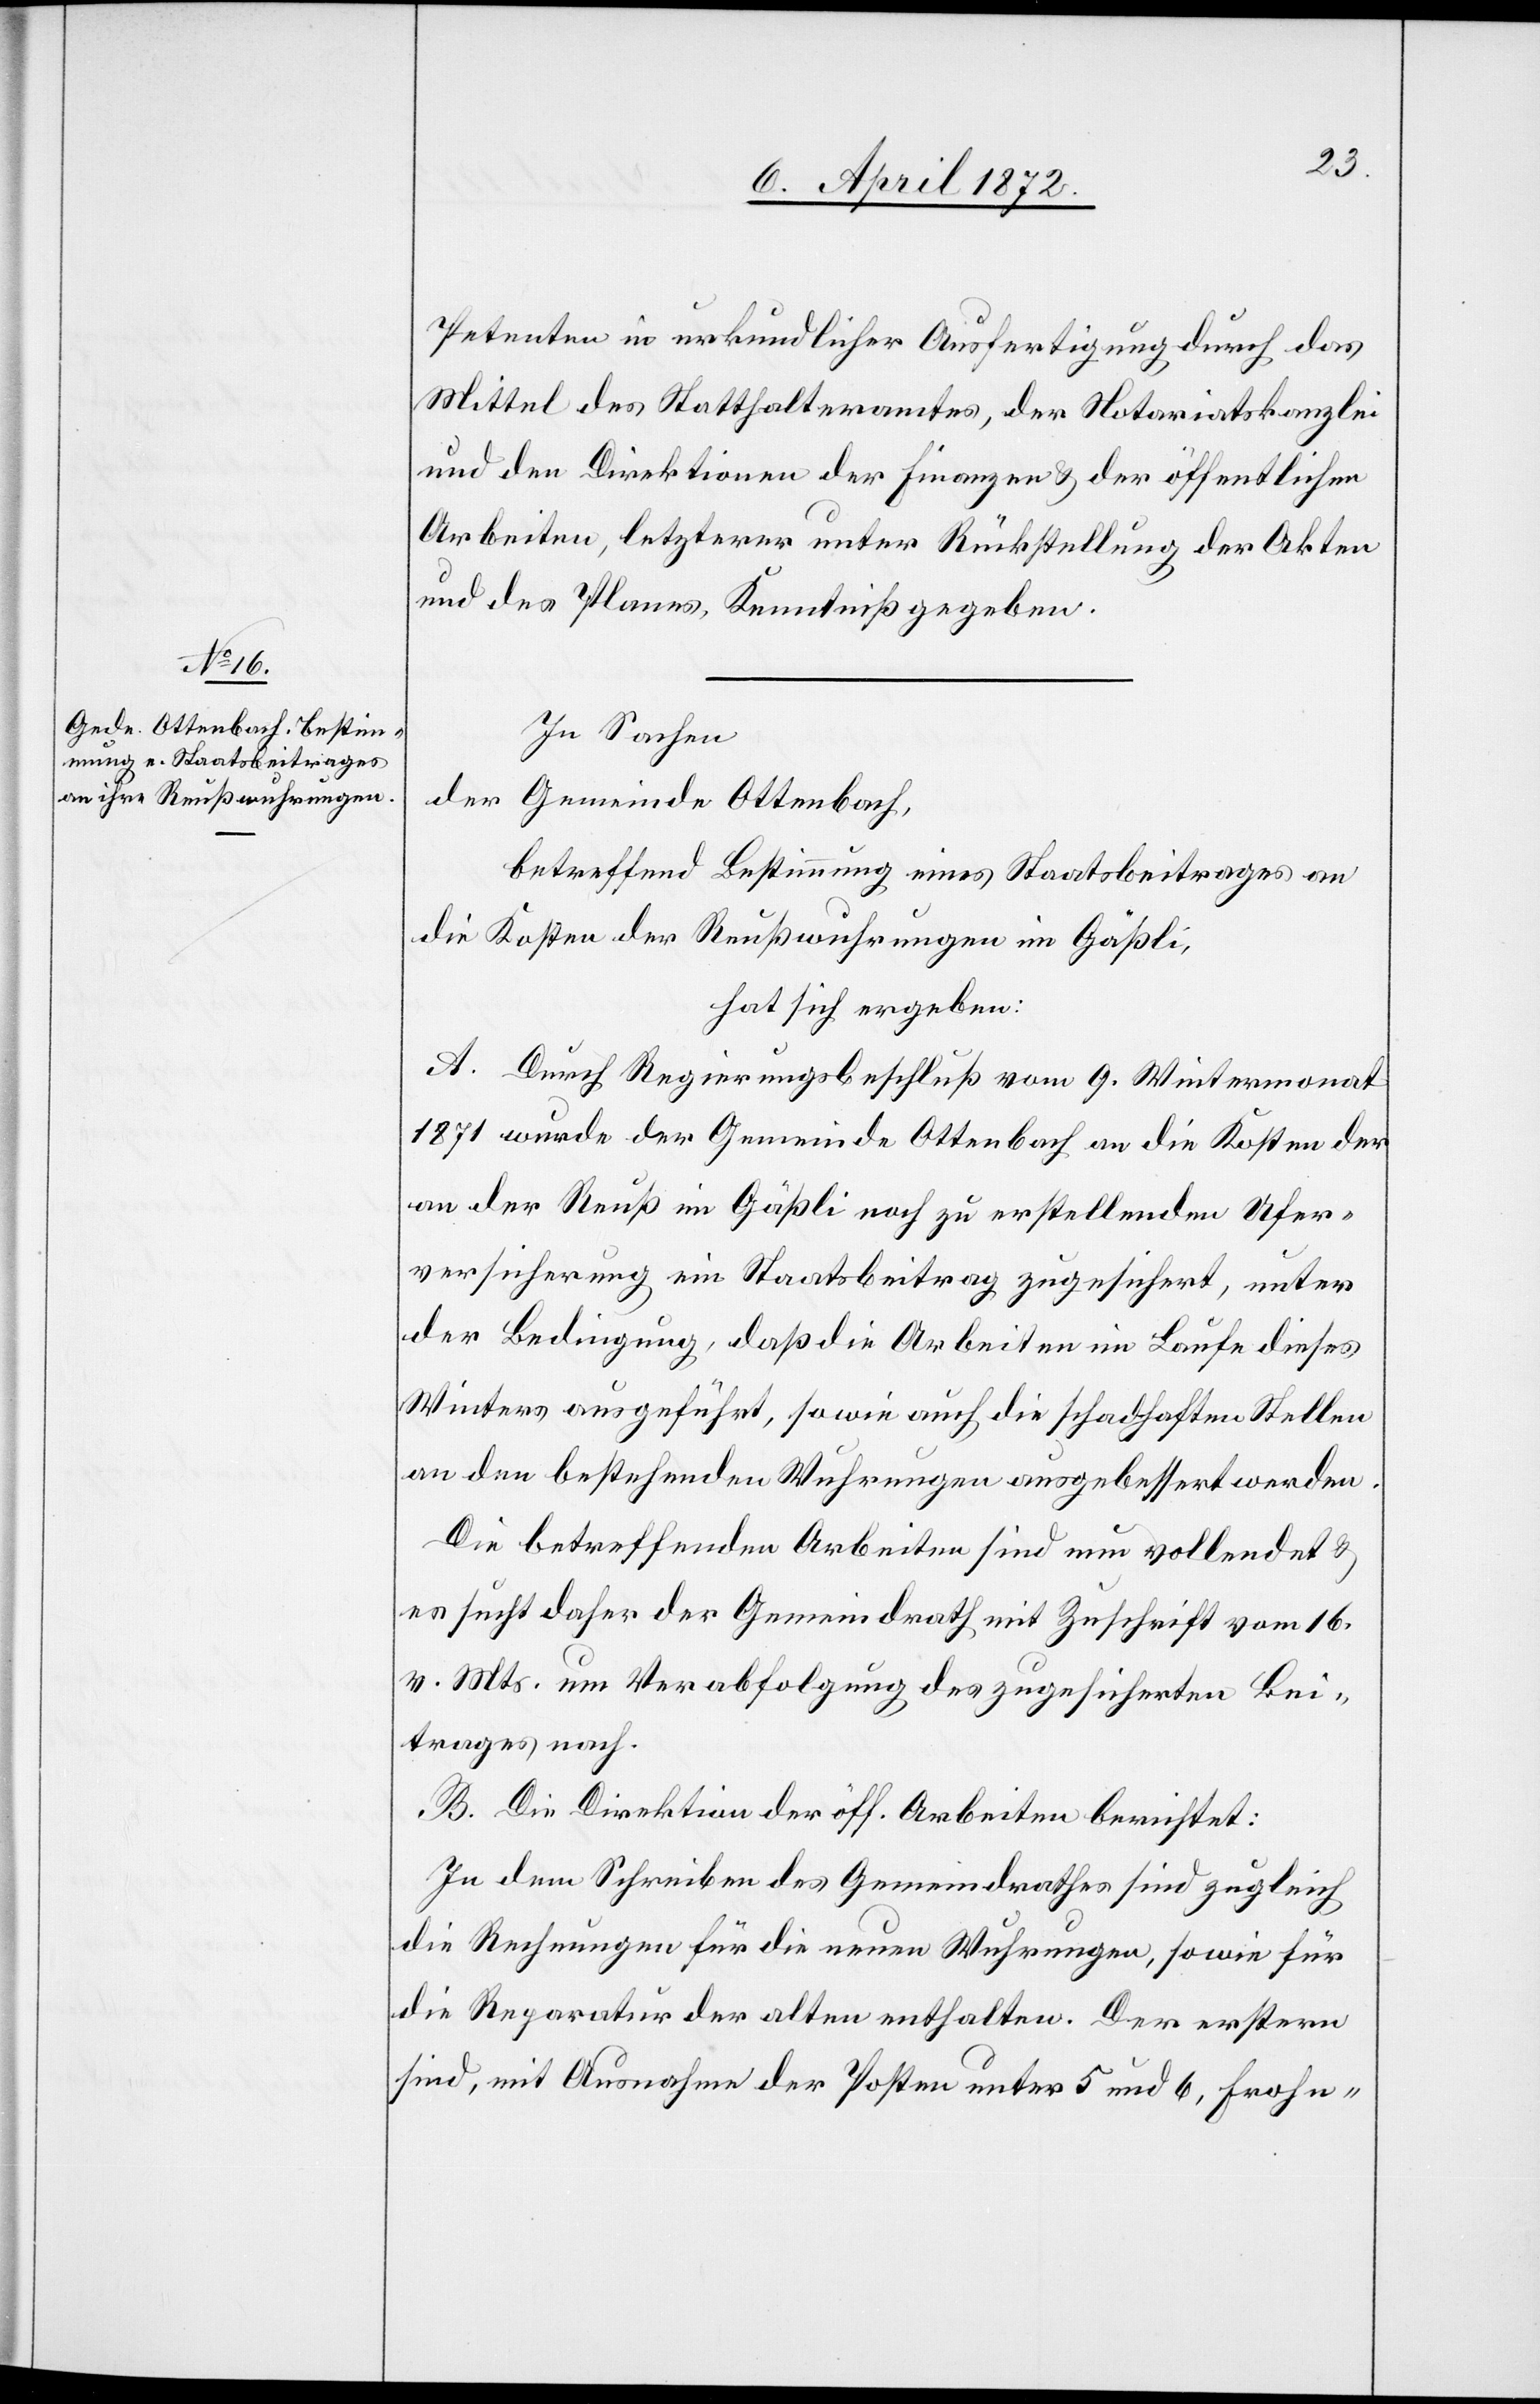
In Sachen
der
Gemeinde Ottenbach,
betreffend Bestimmung eines Staatsbeitrages an
die Kosten der Reußwurhungen im Gäßli,
hat sich ergeben:
A. Durch Regierungsbeschluß vom 9. Wintermonat
1871 wurde der Gemeinde Ottenbach an die Kosten der
an der Reuß im Gäßli noch zu erstellenden Ufer¬
versicherung ein Staatsbeitrag zugesichert, unter
der Bedingung, daß die Arbeiten im Laufe dieses
Winters ausgeführt, sowie auch die schadhaften Stellen
an den bestehenden Wuhrungen ausgebessert werden.
Die betreffenden Arbeiten sind nun vollendet u.
es sucht daher der Gemeindrath mit Zuschrift vom 16.
v. Mts. um Verabfolgung des zugesicherten Bei¬
trages nach.
B. Die Direktion der öff. Arbeiten berichtet:
In dem Schreiben des Gemeindrathes sind zugleich
die Rechnungen für die neuen Wuhrungen, sowie für
die Reparatur der alten enthalten. Der erstern
sind, mit Ausnahme der Posten unter 5 und 6, Frohn-